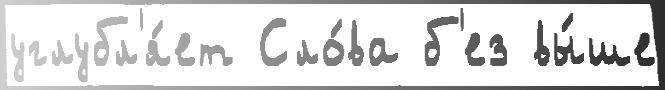
углубл'я́ет Сло́ва б'ез вы́ше